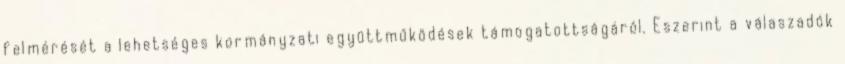
felmérését a lehetséges kormányzati együttműködések támogatottságáról. Eszerint a válaszadók